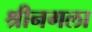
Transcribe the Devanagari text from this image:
श्रीनगला